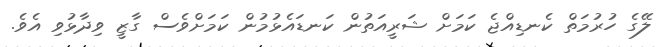
ލޭގެ ހުރުމަތް ކެނޑިއްޖެ ކަމަށް ޝަރީއަތުން ކަނޑައެޅުމުން ކަމަށްވެސް ގާޒީ ވިދާޅުވި އެވެ.